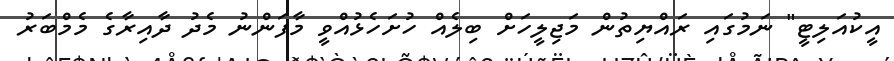
އީކުއަލިޓީ" ނަމުގައި ރައްޔިތުން މަޖިލީހަށް ބިލެއް ހުށަހެޅުއްވީ މާފަންނު މެދު ދާއިރާގެ މެމްބަރު